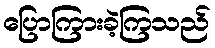
ပြောကြားခဲ့ကြသည်